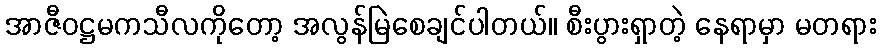
အာဇီဝဋ္ဌမကသီလကိုတော့ အလွန်မြဲစေချင်ပါတယ်။ စီးပွားရှာတဲ့ နေရာမှာ မတရား